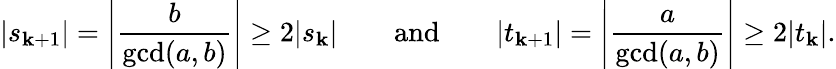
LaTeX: |s_{\mathbf{k}+1}|=\left|{\frac{{b}}{{\operatorname*{gcd}(a,b)}}}\right|\geq2|s_{\mathbf{k}}|\qquad{\mathrm{{and}}}\qquad|t_{\mathbf{k}+1}|=\left|{\frac{{a}}{{\operatorname*{gcd}(a,b)}}}\right|\geq2|t_{\mathbf{k}}|.